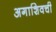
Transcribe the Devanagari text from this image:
अगाशिवची